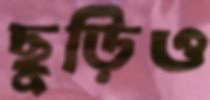
ছুড়িও